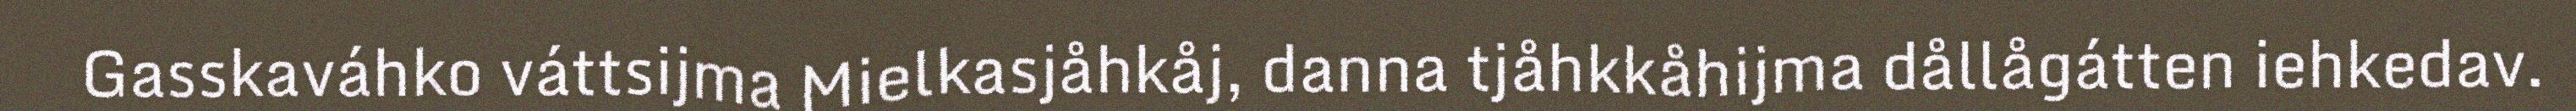
Gasskaváhko váttsijma Mielkasjåhkåj, danna tjåhkkåhijma dållågátten iehkedav.